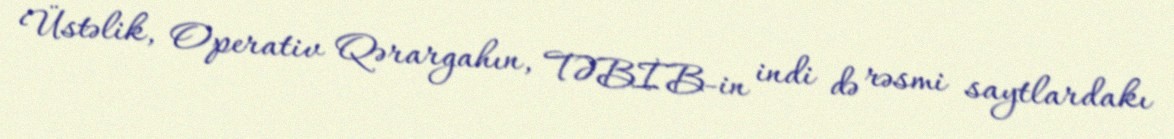
Üstəlik, Operativ Qərargahın, TƏBİB-in indi də rəsmi saytlardakı